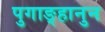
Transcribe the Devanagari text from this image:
पुगाङ्हानुन